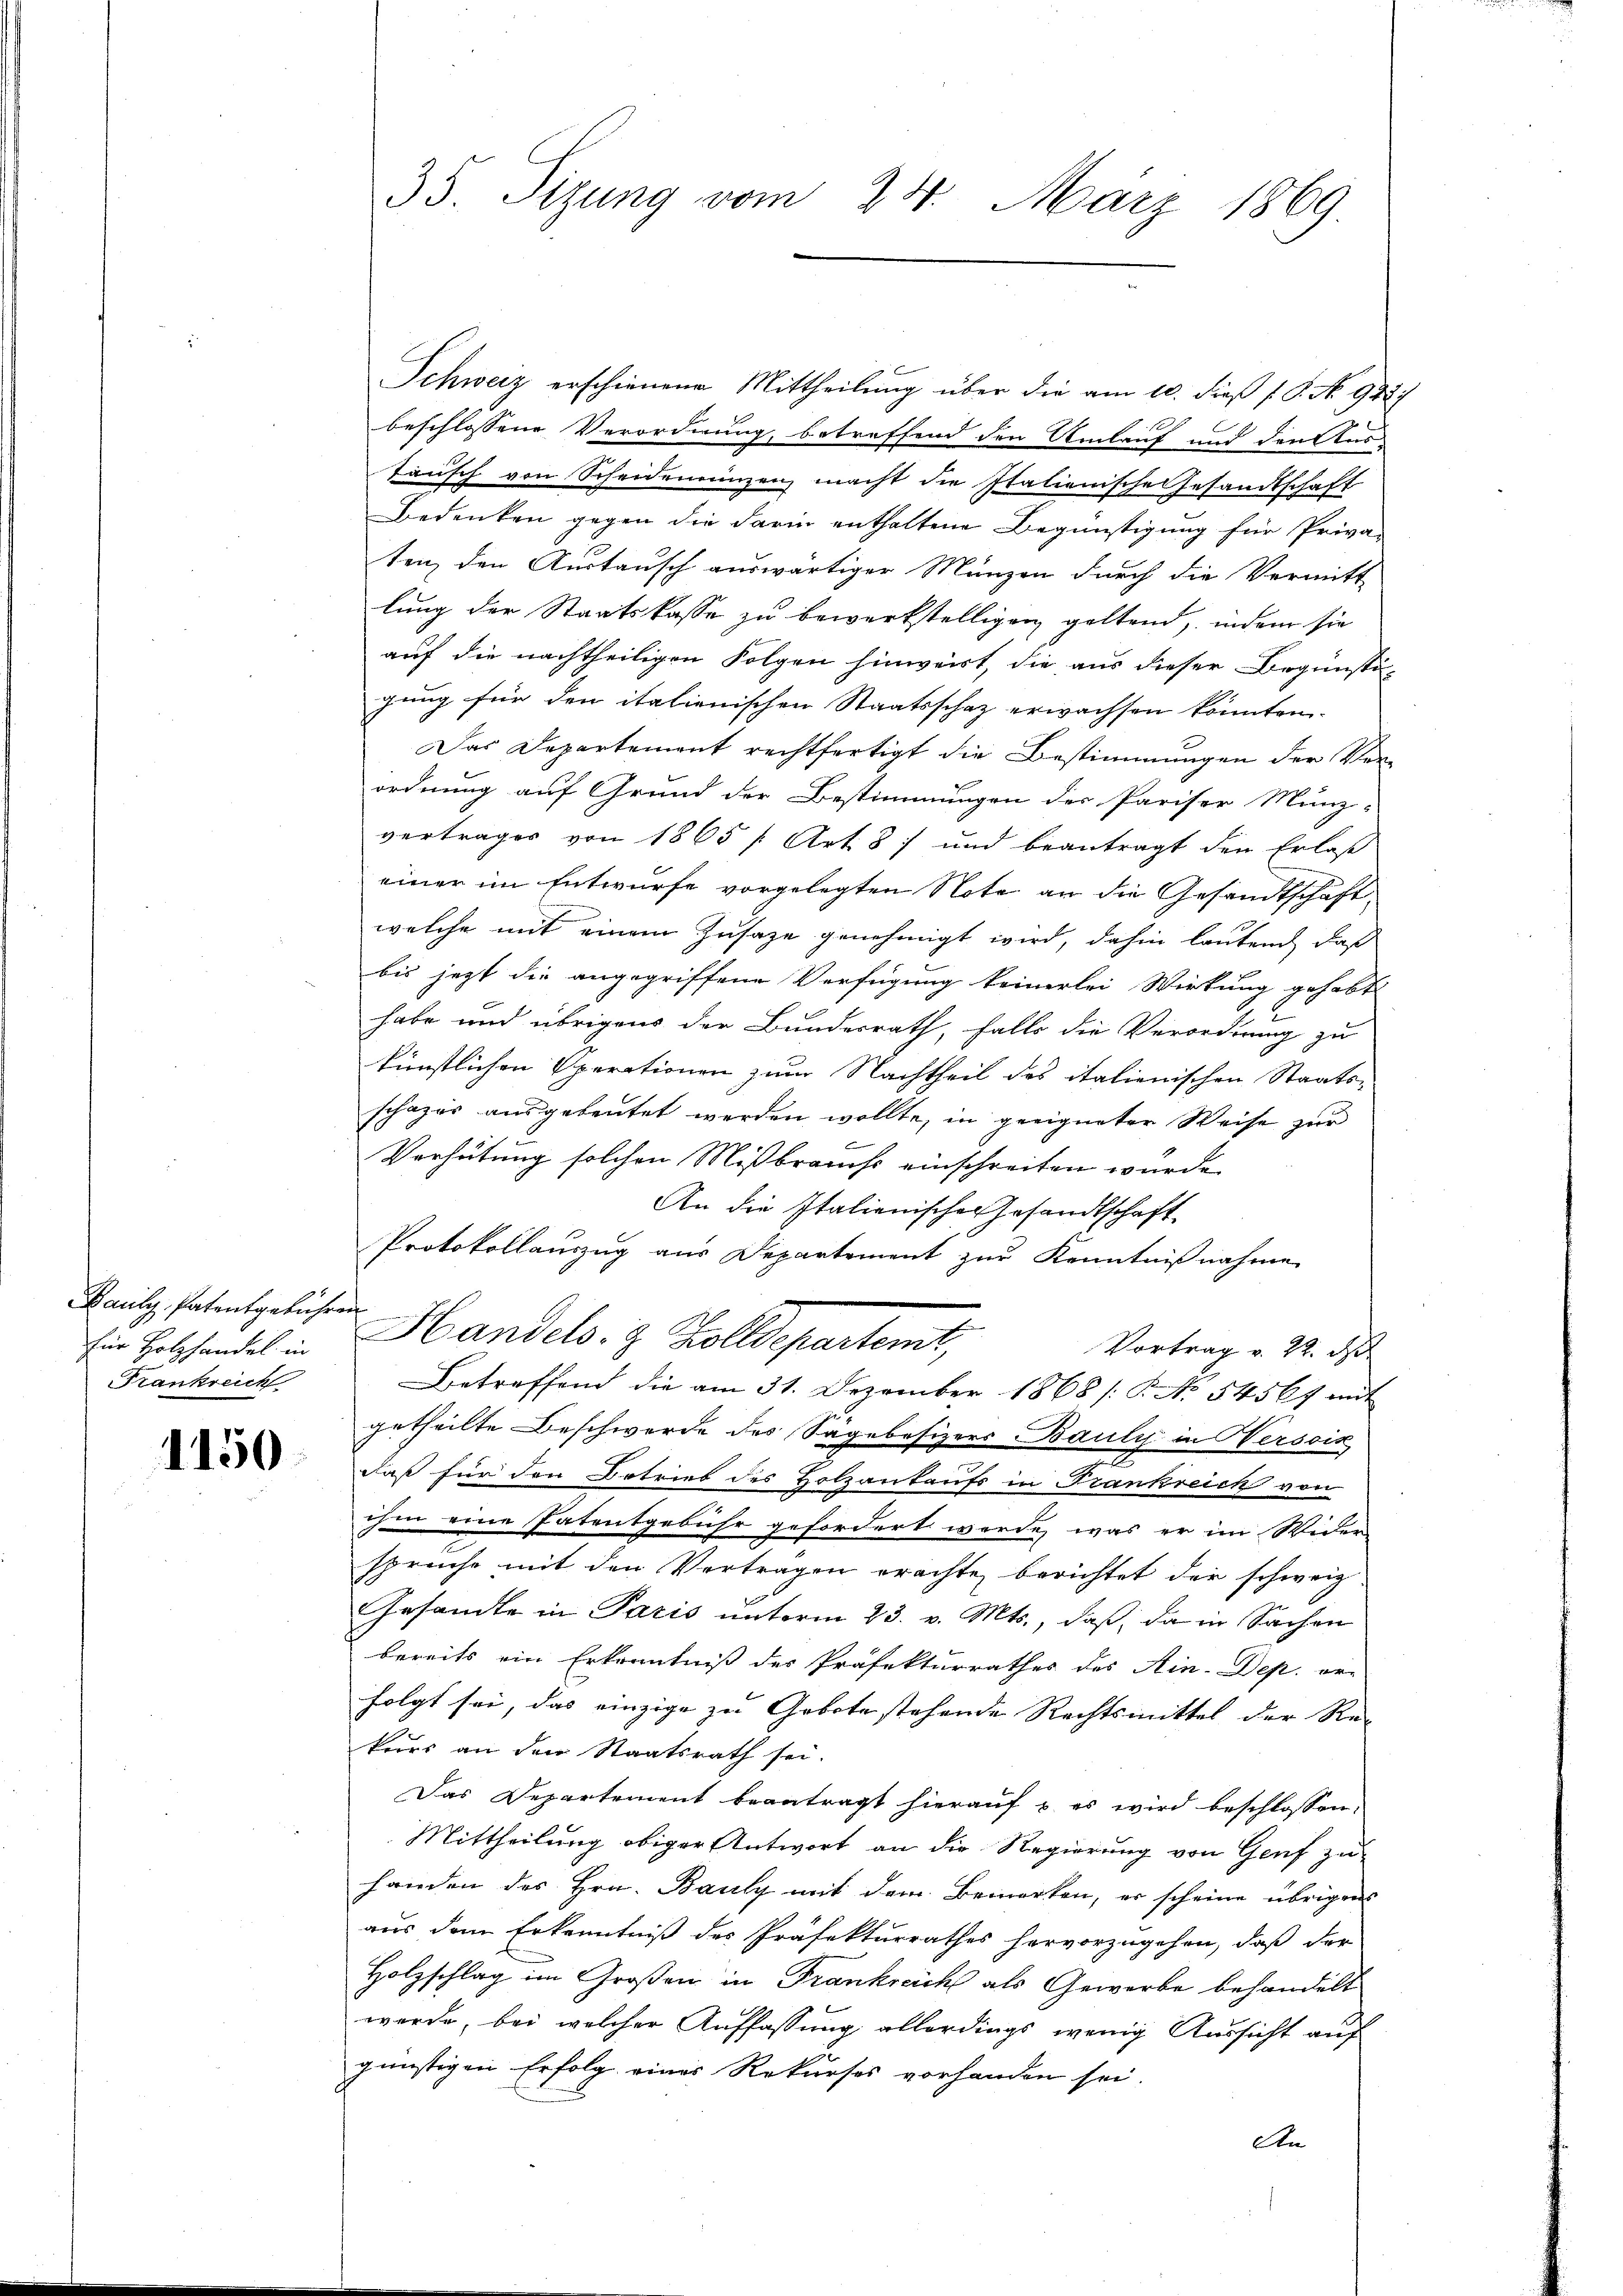
Bauly, Patentgebühren
für Holzhandel in
Frankreich

1150

35. Sizung vom 24. März 1869

Schweiz erschienene Mittheilung über die am 10. dieß P. No 942.)
beschlossene Verordnung, betreffend den Umlauf und den Aus-
täusch von Scheidenenzenz macht die Italienische Gesandtschaft
Bedenken gegen die darin enthaltene Begünstigung für Priva-
tenz den Austausch auswärtiger Münzen durch die Vermitt
lung der Staatskasse zu bewerkstelligen geltend, indem sie
auf die nachtheiligen Folgen hinweist, die aus dieser Begünsti-
zung für den italienischen Staatsschaz erwachsen könnten.
Das Departement rechtfertigt die Bestimmungen der Verordnung auf Grund der Bestimmungen der Pariser Münz-
vertrages von 1865 f. Art. 87 und beantragt den Erlaß
einer im Entwurfe vorgelegten Note an die Gesandtschaft
welche mit einem Zusaze genehmigt wird, dahin lautend, daß
bis jetzt die angegriffene Verfügung keinerlei Wirkung gehabt
habe und übrigens der Bundesrath, falls die Verordnung zu
künstlichen Sperationen zum Nachtheil des italienischen Staats-
schazer ausgebeutet werden wollte, in geeigneter Weise zur
Verhütung solchen Mißbrauchs einschreiten wurde.
An die Italienischer Gesandtschaft
Protokollauszug aus Departement zur Kenntnißnahme
Handels- & Zolldepartemt,
Vortrag v. 22. d.
Betreffend die am 31. Dezember 1868 /: P. Nr. 5456f mit
getheilte Beschwerde des Sägebesizers Bauly in Hersoix
daß für den Betrieb des Holzankaufs in Frankreich von
ihm eine Patentgebühr gefordert werde, was er im Wider-
spreche mit den Vertragen erachte, berichtet der schweiz
Gesandte in Paris unterm 23. v. Mts., daß, da in Sachen
bereits ein Erkenntniß des Präfekturrathes des Ain-Dep. or-
folgt sei, das einzige zu Gebote stehende Rechtsmittel der Re-
kurs an den Staatsrath sei.
Das Departement beantragt hierauf u. es wird beschlossen,
Mittheilung obiger Antwort an die Regierung von Genf zu
handen des Hrn. Bauly mit dem Bemerken, er scheine übrigens
aus dem Erkenntniß des Präfekturrathes hervorzugehen, daß der
Holzschlag im Großen in Frankreich als Gewerbe behandelt
werde, bei welcher Auffassung allerdings wenig Aussicht auf
günstigen Erfolg eines Rekurses vorhanden sei.
An